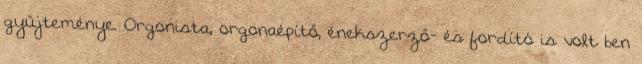
gyűjteménye. Orgonista, orgonaépítő, énekszerző- és fordító is volt ben